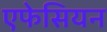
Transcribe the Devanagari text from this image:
एफेसियन